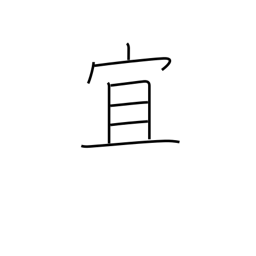
Meaning: best regards